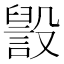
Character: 𣫏